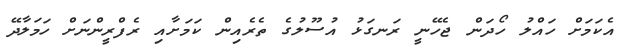
އެކަމަށް ހައްލު ހޯދަން ޖެހޭނީ ރަނގަޅު އުސޫލުގެ ތެރެއިން ކަމަށާއި ރެފްރީންނަށް ހަމަލާދޭ